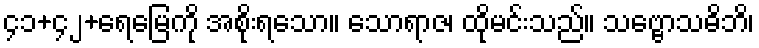
၄၁+၄၂+ရေမြေကို အစိုးရသော။ သောရာဇ၊ ထိုမင်းသည်။ သဗ္ဗောသဓိဘိ၊